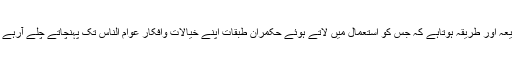
یہی وہ ذریعہ اور طریقہ ہوتاہے کہ جس کو استعمال میں لاتے ہوئے حکمران طبقات اپنے خیالات وافکار عوام الناس تک پہنچاتے چلے آرہے ہوتے ہیں۔